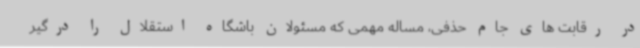
در رقابت های جام حذفی، مساله مهمی که مسئولان باشگاه استقلال را درگیر